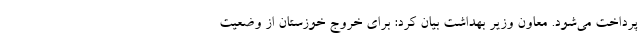
پرداخت می‌شود. معاون وزیر بهداشت بیان کرد: برای خروج خوزستان از وضعیت